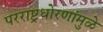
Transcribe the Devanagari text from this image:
परराष्ट्रधोरणांमुळे